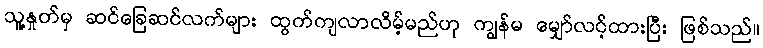
သူ့နှုတ်မှ ဆင်ခြေဆင်လက်များ ထွက်ကျလာလိမ့်မည်ဟု ကျွန်မ မျှော်လင့်ထားပြီး ဖြစ်သည်။